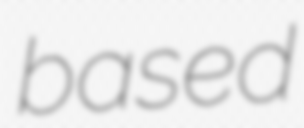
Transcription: based